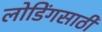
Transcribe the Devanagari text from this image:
लोडिंगसाठी